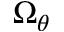
\Omega _ { \theta }